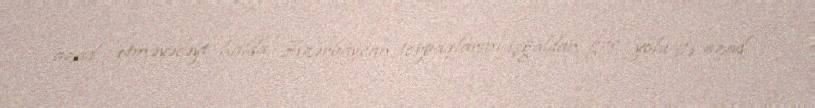
azad etməyəcəyi halda Azərbaycan torpaqlarını işğaldan güc yolu ilə azad